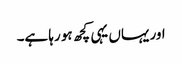
اور یہاں یہی کچھ ہو رہا ہے۔